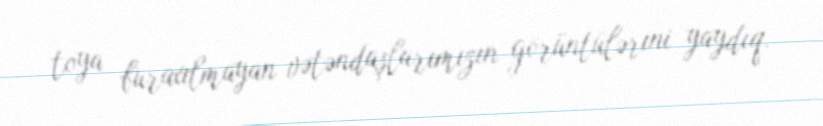
toya buraxılmayan vətəndaşlarımızın görüntülərini yaydıq.